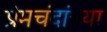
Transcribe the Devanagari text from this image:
प्रेमचंदांच्या